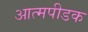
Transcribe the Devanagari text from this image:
आत्मपीडक